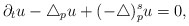
\begin{align*}\partial_tu-\triangle_p u+(-\triangle)^s_pu=0,\end{align*}